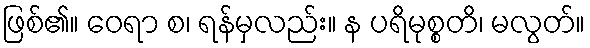
ဖြစ်၏။ ဝေရာ စ၊ ရန်မှလည်း။ န ပရိမုစ္စတိ၊ မလွတ်။